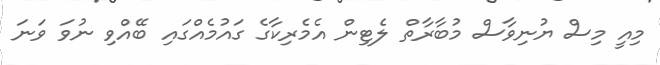
މިއީ މިސް ޔުނިވާސް މުބާރާތް ލެޓިން އެމެރިކާގެ ގައުމެއްގައި ބޭއްވި ނުވަ ވަނަ